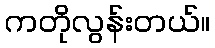
ကတိုလွန်းတယ်။